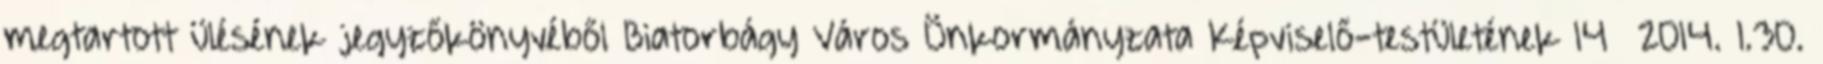
megtartott ülésének jegyzőkönyvéből Biatorbágy Város Önkormányzata Képviselő-testületének 14 2014. I.30.